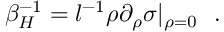
\beta _ { H } ^ { - 1 } = l ^ { - 1 } \rho \partial _ { \rho } \sigma | _ { \rho = 0 } ~ ~ .